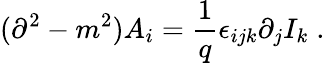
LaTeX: (\partial^{2}-m^{2})A_{i}=\frac{1}{q}\epsilon_{ijk}\partial_{j}I_{k}\; .